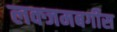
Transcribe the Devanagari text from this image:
लक्जमबर्गीस